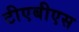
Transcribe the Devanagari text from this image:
टीएबीएस